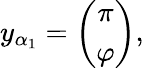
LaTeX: y_{\alpha_{1}}=\left(\begin{array}{c}{{\pi}}\\ {{\varphi}}\end{array}\right),